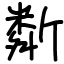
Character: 斴